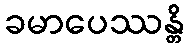
ခမာပေဿန္တိ